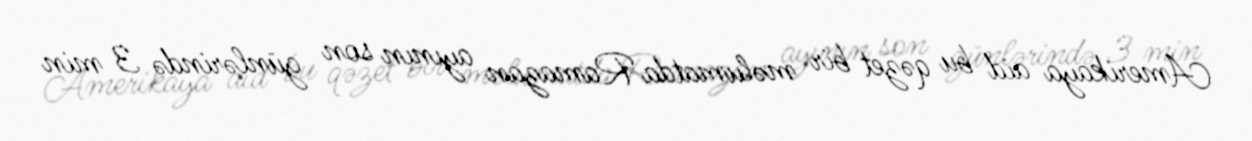
Amerikaya aid bu qəzet bir məlumatda Ramazan ayının son günlərində 3 min